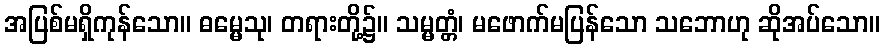
အပြစ်မရှိကုန်သော။ ဓမ္မေသု၊ တရားတို့၌။ သမ္မတ္တံ၊ မဖောက်မပြန်သော သဘောဟု ဆိုအပ်သော။